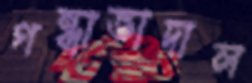
গন্ধাভাদাল